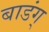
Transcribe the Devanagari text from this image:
बाडंग्